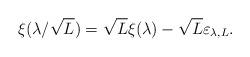
LaTeX: \begin{align*}\xi(\lambda/\sqrt{L})=\sqrt{L}\xi(\lambda)-\sqrt{L}\varepsilon_{\lambda,L}.\end{align*}